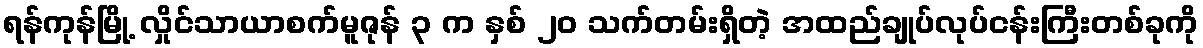
ရန်ကုန်မြို့ လှိုင်သာယာစက်မူဇုန် ၃ က နှစ် ၂၀ သက်တမ်းရှိတဲ့ အထည်ချုပ်လုပ်ငန်းကြီးတစ်ခုကို